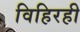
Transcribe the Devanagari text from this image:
विहिरही